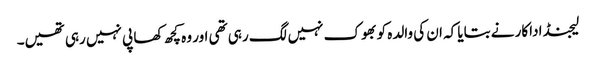
لیجنڈ اداکار نے بتایا کہ ان کی والدہ کو بھوک نہیں لگ رہی تھی اور وہ کچھ کھا پی نہیں رہی تھیں۔